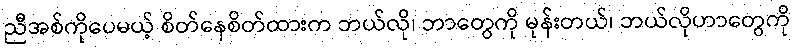
ညီအစ်ကိုပေမယ့် စိတ်နေစိတ်ထားက ဘယ်လို၊ ဘာတွေကို မုန်းတယ်၊ ဘယ်လိုဟာတွေကို